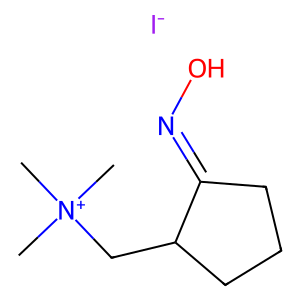
SMILES: C[N+](C)(C)CC1CCCC1=NO.[I-]
Inhibits HIV replication: No